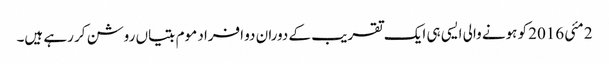
2 مئی 2016 کو ہونے والی ایسی ہی ایک تقریب کے دوران دو افراد موم بتیاں روشن کر رہے ہیں۔